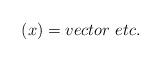
LaTeX: \begin{align*}(x)=vector\,\,etc.\end{align*}